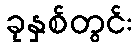
ခုနှစ်တွင်း